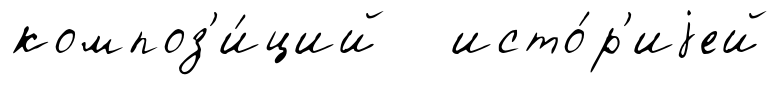
композ'и́ций исто́р'иjей